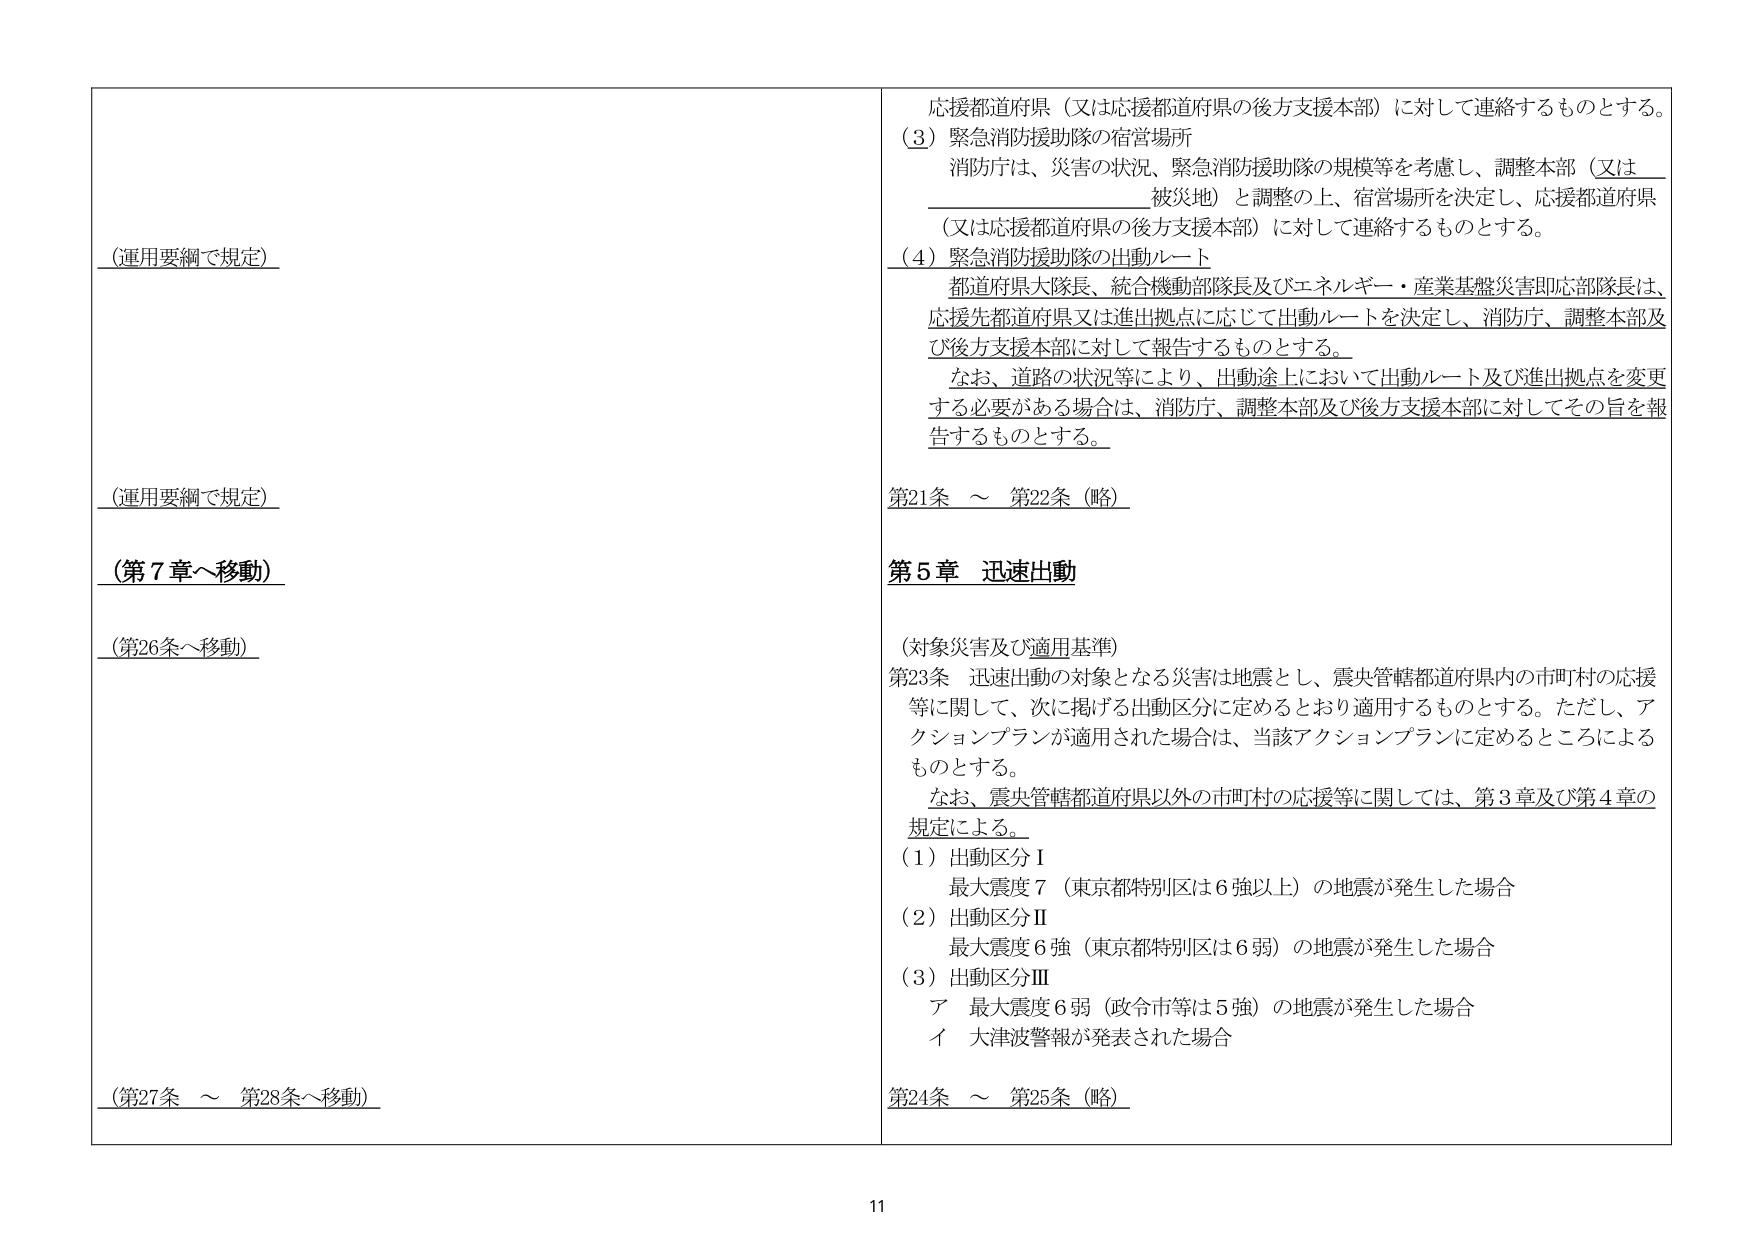
（運用要綱で規定）

（運用要綱で規定）

（第7章へ移動）

（第26条へ移動）

（第27条 ～ 第28条へ移動）

応援都道府県（又は応援都道府県の後方支援本部）に対して連絡するものとする。

（3）緊急消防援助隊の宿営場所
消防庁は、災害の状況、緊急消防援助隊の規模等を考慮し、調整本部（又は
被災地）と調整の上、宿営場所を決定し、応援都道府県
（又は応援都道府県の後方支援本部）に対して連絡するものとする。

（4）緊急消防援助隊の出動ルート
都道府県大隊長、統合機動部隊長及びエネルギー・産業基盤災害即応部隊長は、
応援先都道府県又は進出拠点に応じて出動ルートを決定し、消防庁、調整本部及
び後方支援本部に対して報告するものとする。
なお、道路の状況等により、出動途上において出動ルート及び進出拠点を変更
する必要がある場合は、消防庁、調整本部及び後方支援本部に対してその旨を報
告するものとする。

第21条 ～ 第22条（略）

第5章 迅速出動

（対象災害及び適用基準）
第23条 迅速出動の対象となる災害は地震とし、震央管轄都道府県内の市町村の応援
等に関して、次に掲げる出動区分に定めるとおり適用するものとする。ただし、ア
クションプランが適用された場合は、当該アクションプランに定めるところによる
ものとする。
なお、震央管轄都道府県以外の市町村の応援等に関しては、第3章及び第4章の
規定による。

（1）出動区分Ⅰ
最大震度7（東京都特別区は6強以上）の地震が発生した場合

（2）出動区分Ⅱ
最大震度6強（東京都特別区は6弱）の地震が発生した場合

（3）出動区分Ⅲ
ア 最大震度6弱（政令市等は5強）の地震が発生した場合
イ 大津波警報が発表された場合

第24条 ～ 第25条（略）

11